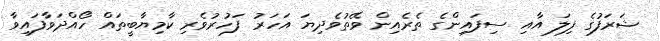
ޝަރަފުގެ ފިލަ އާއި ސިފައިންގެ ތެރެއިން ވޭތުވެދިޔަ އަހަރު ފަހުރުވެރި ކާމިޔާބީތައް ހޯއްދަވާފައިވާ